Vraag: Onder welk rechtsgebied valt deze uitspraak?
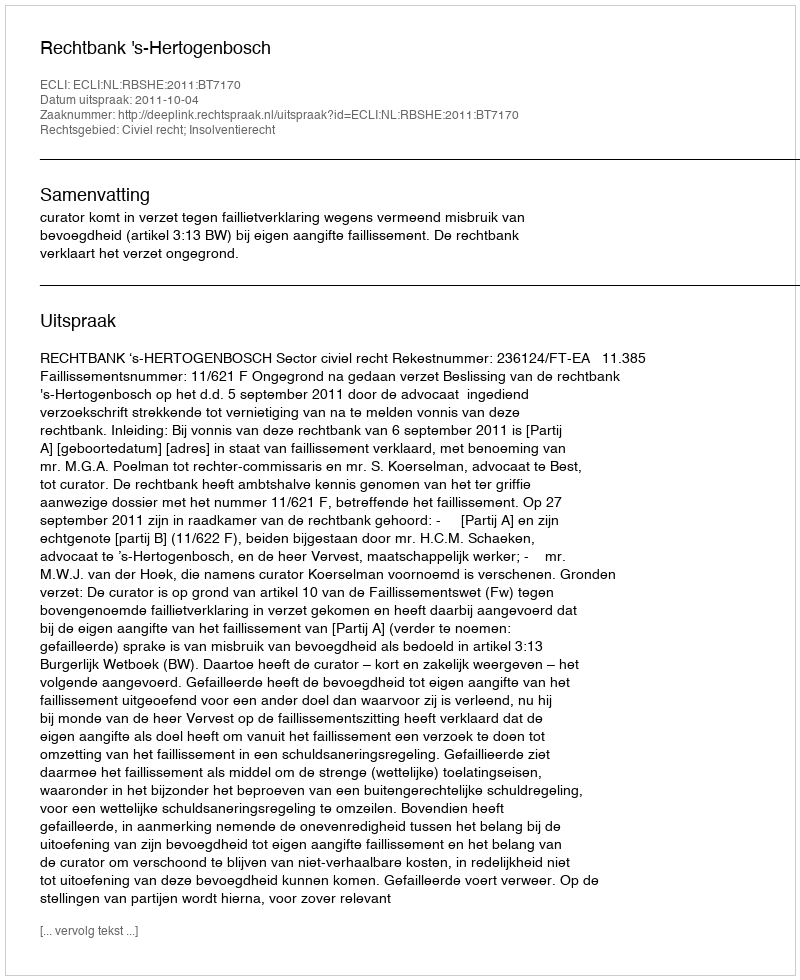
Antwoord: Civiel recht; Insolventierecht